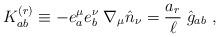
LaTeX: \begin{align*}K_{ab}^{(r)} \equiv - e_a^\mu e_b^\nu\;\nabla_\mu {\hat n}_{\nu} = {a_r \over \ell}\; {\hat g}_{ab}\ ,\end{align*}